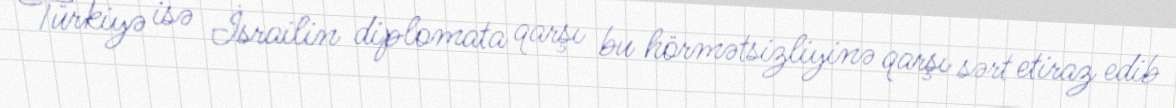
Türkiyə isə İsrailin diplomata qarşı bu hörmətsizliyinə qarşı sərt etiraz edib